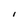
Character: I